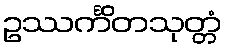
ဥဿင်္ကိတသုတ္တံ